65_HS1-834228961_62-HQ-83894_Section_10
Agency: FBI
Page 53
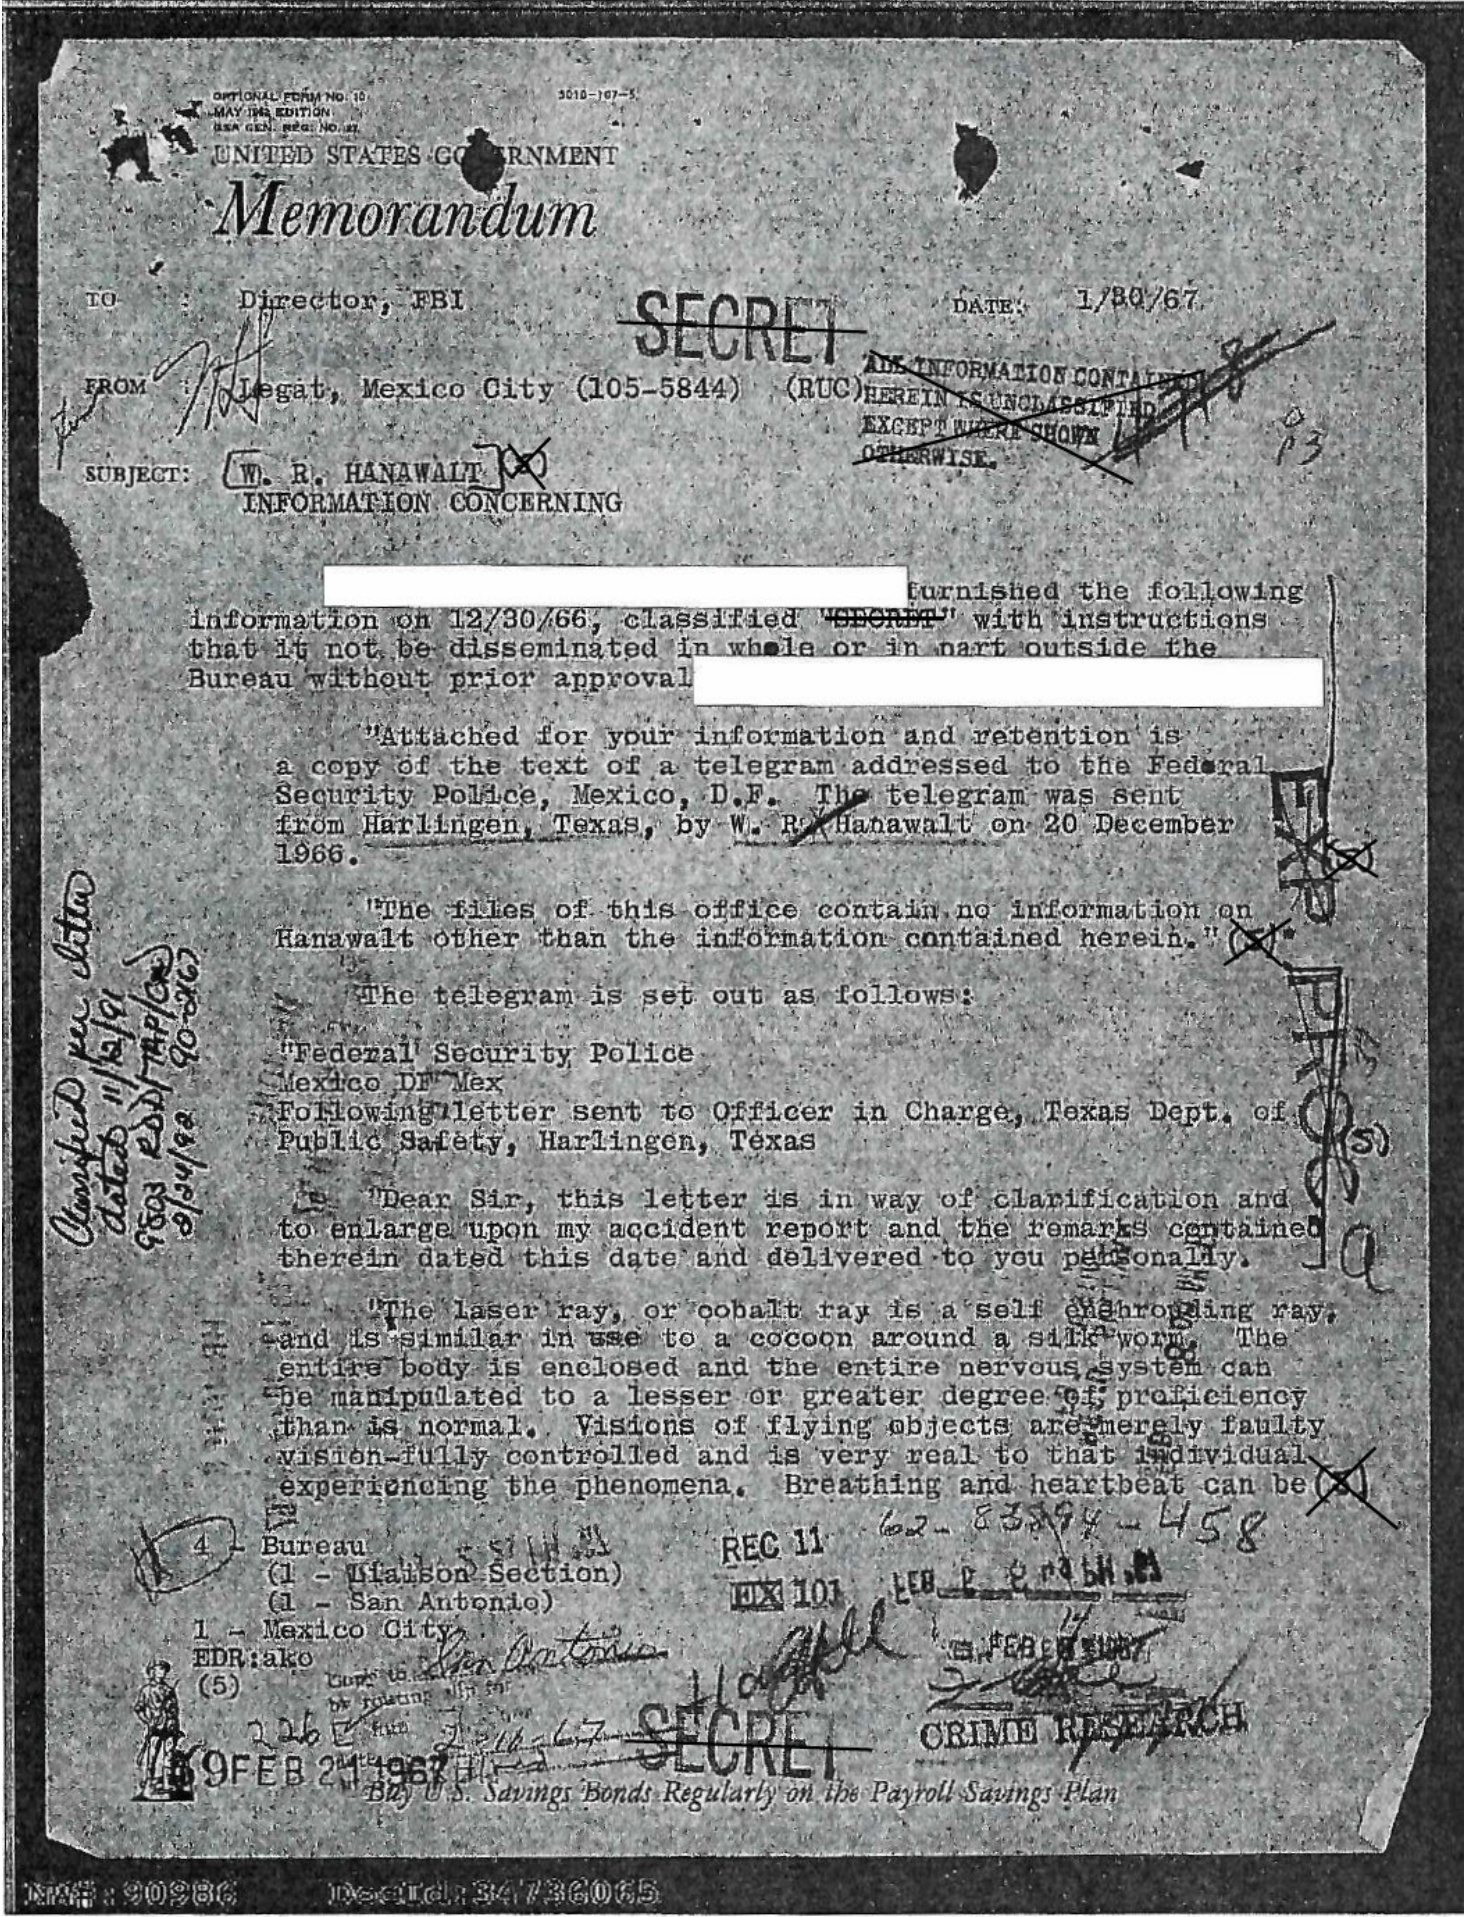